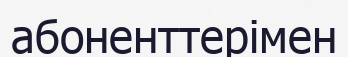
абоненттерімен